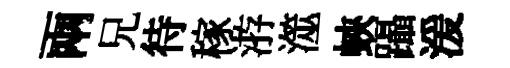
兩兄待稼㳺澨蛺躡湲